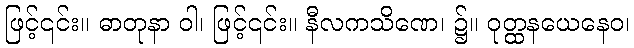
ဖြင့်၎င်း။ ဓာတုနာ ဝါ၊ ဖြင့်၎င်း။ နီလကသိဏေ၊ ၌။ ဝုတ္ထနယေနေဝ၊